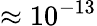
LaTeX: \approx 10^{-13}